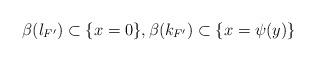
LaTeX: \begin{align*}\beta(l_{F'})\subset \{x=0\},\beta(k_{F'})\subset\{x=\psi(y)\}\end{align*}